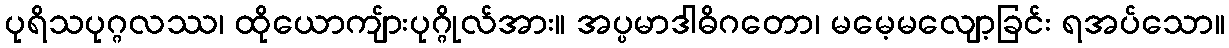
ပုရိသပုဂ္ဂလဿ၊ ထိုယောကျ်ားပုဂ္ဂိုလ်အား။ အပ္ပမာဒါဓိဂတော၊ မမေ့မလျော့ခြင်း ရအပ်သော။